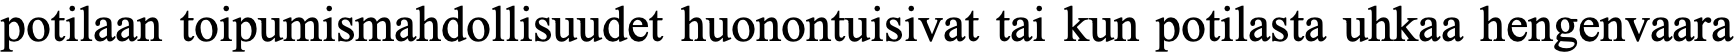
potilaan toipumismahdollisuudet huonontuisivat tai kun potilasta uhkaa hengenvaara